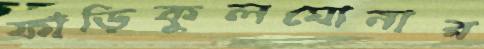
ফাঁড়িকূলঘোনার